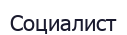
Социалист